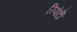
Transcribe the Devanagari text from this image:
रिपोर्टोँं